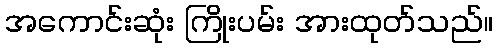
အကောင်းဆုံး ကြိုးပမ်း အားထုတ်သည်။